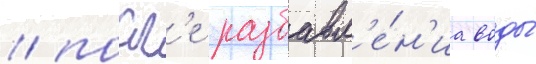
/ посл'е разбавл'е́н'иа воды́